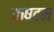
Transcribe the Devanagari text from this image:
कष्टम